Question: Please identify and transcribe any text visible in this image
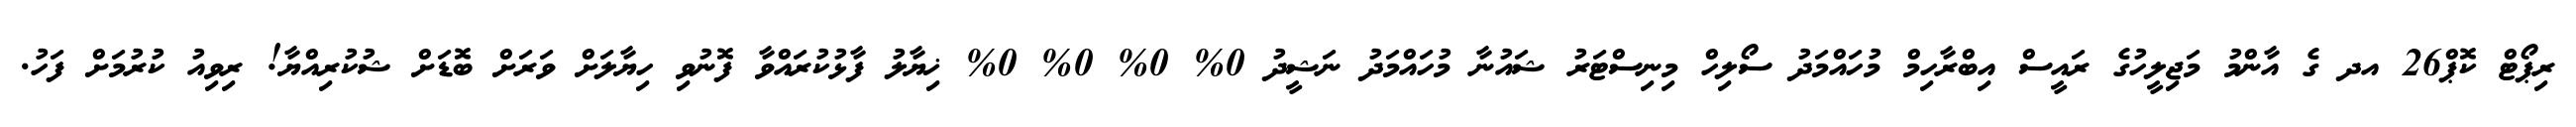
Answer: ރިޕޯޓް ކޮޕް26 އދ ގެ އާންމު މަޖިލީހުގެ ރައީސް އިބްރާހިމް މުހައްމަދު ސޯލިހް މިނިސްޓަރު ޝައުނާ މުހައްމަދު ނަޝީދު 0% 0% 0% 0% ޚިޔާލު ފާޅުކުރައްވާ ފޮނުވި ހިޔާލަށް ވަރަށް ބޮޑަށް ޝުކުރިއްޔާ! ރިވިއު ކުރުމަށް ފަހު.